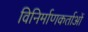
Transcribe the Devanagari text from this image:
विनिर्माणकर्ताओं